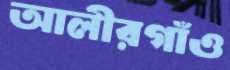
আলীরগাঁও